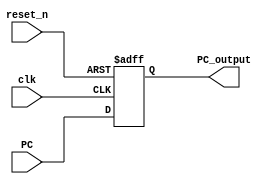
module Program_Counter
(
input [31:0]PC,
input clk,
input reset_n,
output [31:0]PC_output
);

reg [31:0]next_pc,current_pc;

always@(posedge clk,negedge reset_n)
begin
if (!reset_n)
current_pc<=32'b0;
else
current_pc<=next_pc;
end 

always@(PC)
begin
next_pc=PC;
end

assign PC_output =current_pc;



endmodule